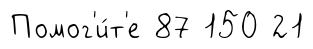
Помог'и́т'е 87 150 21